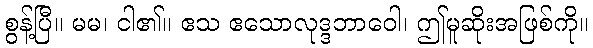
စွန့်ပြီ။ မမ၊ ငါ၏။ ဧသ ဧသောလုဒ္ဒဘာဝေါ၊ ဤမူဆိုးအဖြစ်ကို။